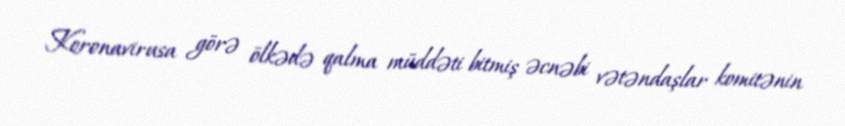
Koronavirusa görə ölkədə qalma müddəti bitmiş əcnəbi vətəndaşlar komitənin